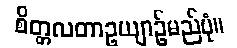
စိတ္တလတာဥယျာဉ်မည်ပုံ။